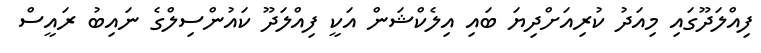
ފިއްލަދޫގައި މިއަދު ކުރިއަށްދިޔަ ބައި އިލެކްޝަން އަކީ ފިއްލަދޫ ކައުންސިލްގެ ނައިބު ރައީސް